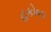
હકોબા